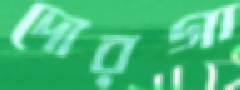
দোরগা